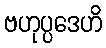
ဗဟုပ္ပဒေဟိ